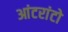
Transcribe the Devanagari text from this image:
आंटरांटो